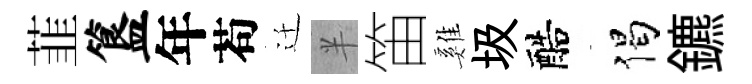
韮簋年苟迁半笛雞圾醅偈鑣